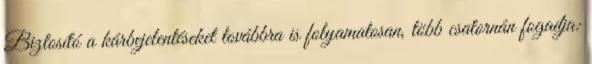
Biztosító a kárbejelentéseket továbbra is folyamatosan, több csatornán fogadja: